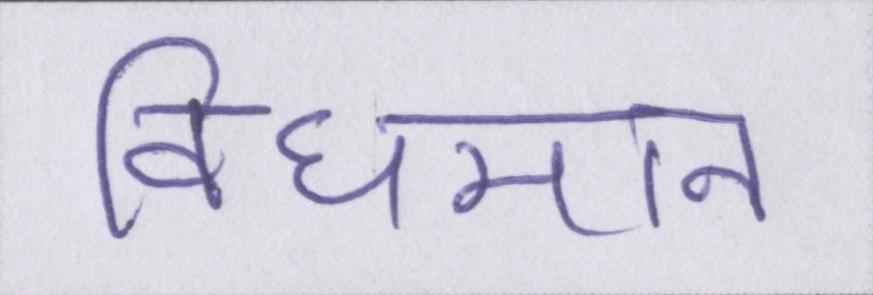
विधमान